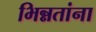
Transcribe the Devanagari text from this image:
भिन्नतांना